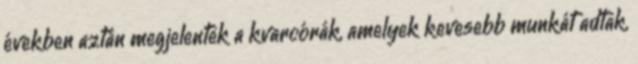
években aztán megjelentek a kvarcórák, amelyek kevesebb munkát adtak,